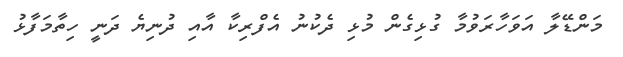
މަންޑޭލާ އަވަހާރަވުމާ ގުޅިގެން މުޅި ދެކުނު އެފްރިކާ އާއި ދުނިޔެ ދަނީ ހިތާމަފާޅު